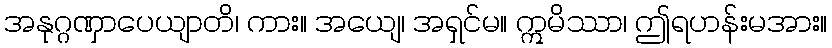
အနုဂ္ဂဏှာပေယျာတိ၊ ကား။ အယျေ၊ အရှင်မ။ ဣမိဿာ၊ ဤရဟန်းမအား။